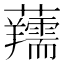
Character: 𧅘